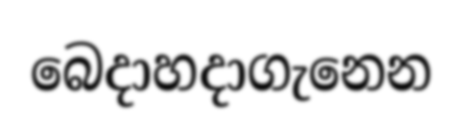
බෙදාහදාගැනෙන